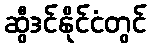
ဆွီဒင်နိုင်ငံတွင်